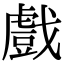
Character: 戲